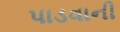
પાડવાની